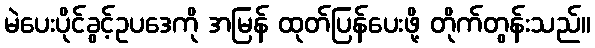
မဲပေးပိုင်ခွင့်ဥပဒေကို အမြန် ထုတ်ပြန်ပေးဖို့ တိုက်တွန်းသည်။